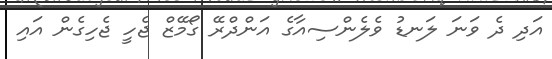
އަދި ދެ ވަނަ ލަނޑު ވެލެންސިއާގެ އަންދްރޭ ގޯމޭޒް ޖެހީ ޖެހިގެން އައި